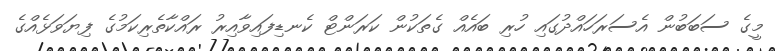
މީގެ ސަބަބުން އެސަރަހައްދުގައި ހުރި ބައެއް ގެތަކުން ކަރަންޓް ކެނޑިފައިވާއިރު ރައްކާތެރިކަމުގެ ފިޔަވަޅެއްގެ